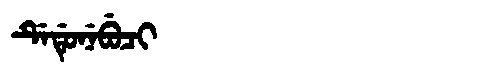
Manchu: ᡩᡝᡩᡠᠨᡝᠪᡠᠴᡳ
Romanization: DEDUNEBUCI